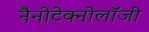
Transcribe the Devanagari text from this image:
नैनोटेक्नोलॉजी